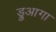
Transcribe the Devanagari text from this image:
ड्रुआगा